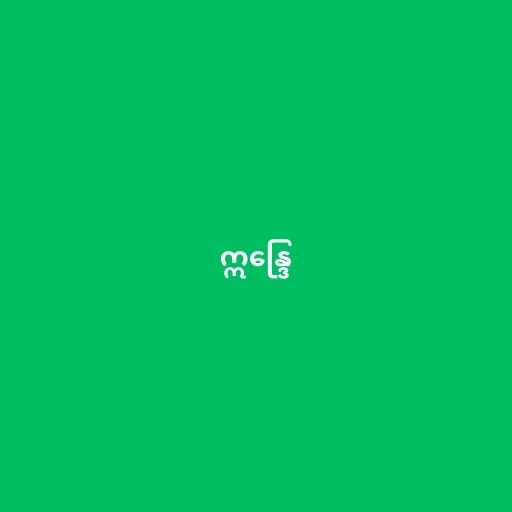
ဣန္ဒြေ